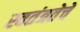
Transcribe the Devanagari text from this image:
स्वतंत्रतेचे